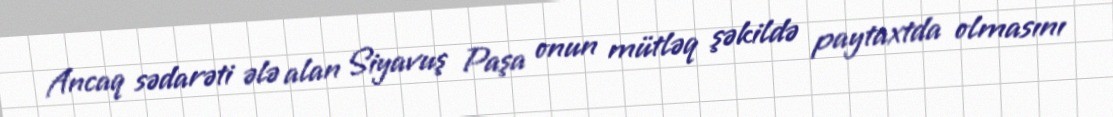
Ancaq sədarəti ələ alan Siyavuş Paşa onun mütləq şəkildə paytaxtda olmasını